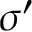
\sigma ^ { \prime }